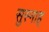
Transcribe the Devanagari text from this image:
सुस्नाह्